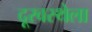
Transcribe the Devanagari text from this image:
दूरवस्थेला